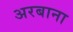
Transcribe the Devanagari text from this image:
अरबाना